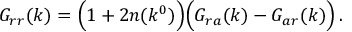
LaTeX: G _ { r r } ( k ) = \Bigl ( 1 + 2 n ( k ^ { 0 } ) \Bigr ) \Bigl ( G _ { r a } ( k ) - G _ { a r } ( k ) \Bigr ) \, .